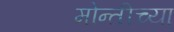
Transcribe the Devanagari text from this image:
मोन्तीच्या